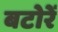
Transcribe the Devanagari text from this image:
बटोरें